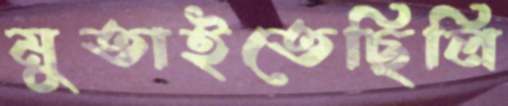
মুতাইতেছিলি